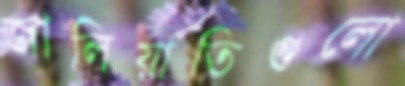
জালিয়াতিগুলো